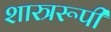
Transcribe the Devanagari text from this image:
शास्त्ररूपी